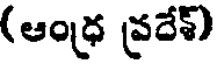
(ఆంధ్ర ప్రదేశ్)